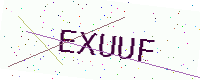
Text: EXUUF